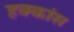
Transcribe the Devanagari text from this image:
हक्कांस